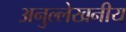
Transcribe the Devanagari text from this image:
अनुल्लेखनीय